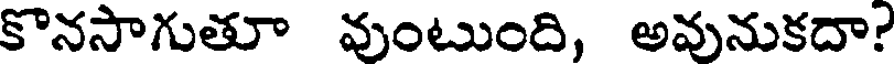
కొనసాగుతూ వుంటుంది, అవునుకదా?